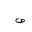
Letter: _sad